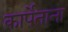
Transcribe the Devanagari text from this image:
कार्पेताना